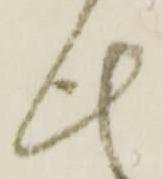
此